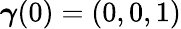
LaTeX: {\boldsymbol\gamma}(0)=(0,0,1)